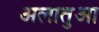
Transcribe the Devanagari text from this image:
अलातुआ